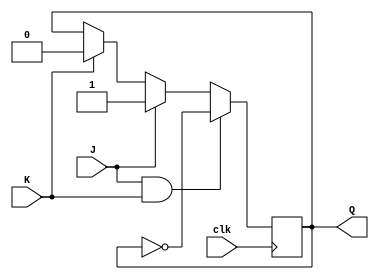
module JK_FlipFlop(
    input J,
    input K,
    input clk,
    output reg Q
);

always @(negedge clk) begin
    if (J & K) begin
        Q <= ~Q;
    end else if (J) begin
        Q <= 1;
    end else if (K) begin
        Q <= 0;
    end
end

endmodule